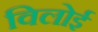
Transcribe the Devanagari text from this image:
विलोई